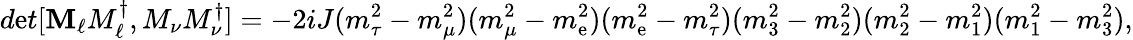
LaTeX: d\mathrm{e}t[{\mathbf{M}_{\ell}M_{\ell}^{\dagger},M_{\nu}M_{\nu}^{\dagger}}]=-2iJ(m_{\tau}^{2}-m_{\mu}^{2})(m_{\mu}^{2}-m_{\mathrm{e}}^{2})(m_{\mathrm{e}}^{2}-m_{\tau}^{2})(m_{3}^{2}-m_{2}^{2})(m_{2}^{2}-m_{1}^{2})(m_{1}^{2}-m_{3}^{2}),